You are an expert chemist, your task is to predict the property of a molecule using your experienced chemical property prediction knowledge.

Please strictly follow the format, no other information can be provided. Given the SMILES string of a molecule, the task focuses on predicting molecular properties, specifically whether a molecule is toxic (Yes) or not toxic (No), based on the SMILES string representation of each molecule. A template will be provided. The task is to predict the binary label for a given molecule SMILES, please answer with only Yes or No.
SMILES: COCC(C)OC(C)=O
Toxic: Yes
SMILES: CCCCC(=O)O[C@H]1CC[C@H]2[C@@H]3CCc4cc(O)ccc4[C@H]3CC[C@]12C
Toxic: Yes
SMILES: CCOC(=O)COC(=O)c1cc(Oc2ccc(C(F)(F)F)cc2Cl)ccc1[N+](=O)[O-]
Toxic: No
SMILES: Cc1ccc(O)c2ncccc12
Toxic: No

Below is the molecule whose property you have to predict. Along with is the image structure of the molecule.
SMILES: O=c1[nH]cnc2nc[nH]c12
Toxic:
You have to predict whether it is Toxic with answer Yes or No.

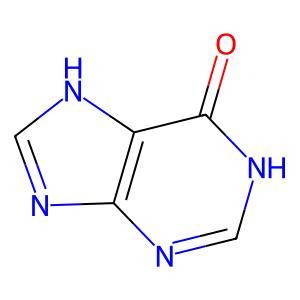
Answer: No